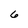
Character: 6